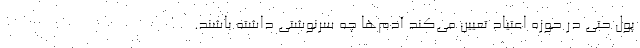
پول حتی در حوزه اعتیاد تعیین می‌کند آدم‌ها چه سرنوشتی داشته باشند.